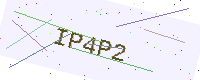
Text: IP4P2